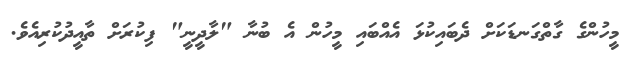
މީހުންގެ ގާތްގަނޑަކަށް ދެބައިކުޅަ އެއްބައި މީހުން އެ ބުނާ "ލާދީނީ" ފިކުރަށް ތާއީދުކުރިއެވެ.